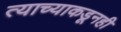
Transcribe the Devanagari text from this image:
त्याच्याकडूनही